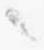
々